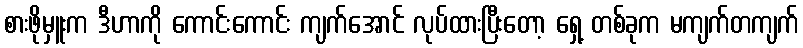
စားဖိုမှူးက ဒီဟာကို ကောင်းကောင်း ကျက်အောင် လုပ်ထားပြီးတော့ ရှေ့ တစ်ခုက မကျက်တကျက်